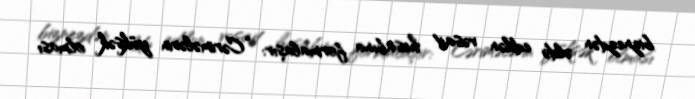
biznezdən əldə edilən vəsait hesabına formalaşır: “Cərimələrin yüksək olması